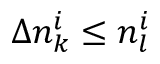
\Delta n _ { k } ^ { i } \le n _ { l } ^ { i }